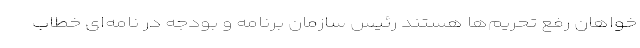
خواهان رفع تحریم‌ها هستند رئیس سازمان برنامه و بودجه در نامه‌ای خطاب